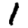
Digit: 1